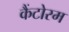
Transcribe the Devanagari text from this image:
कैंटोरम